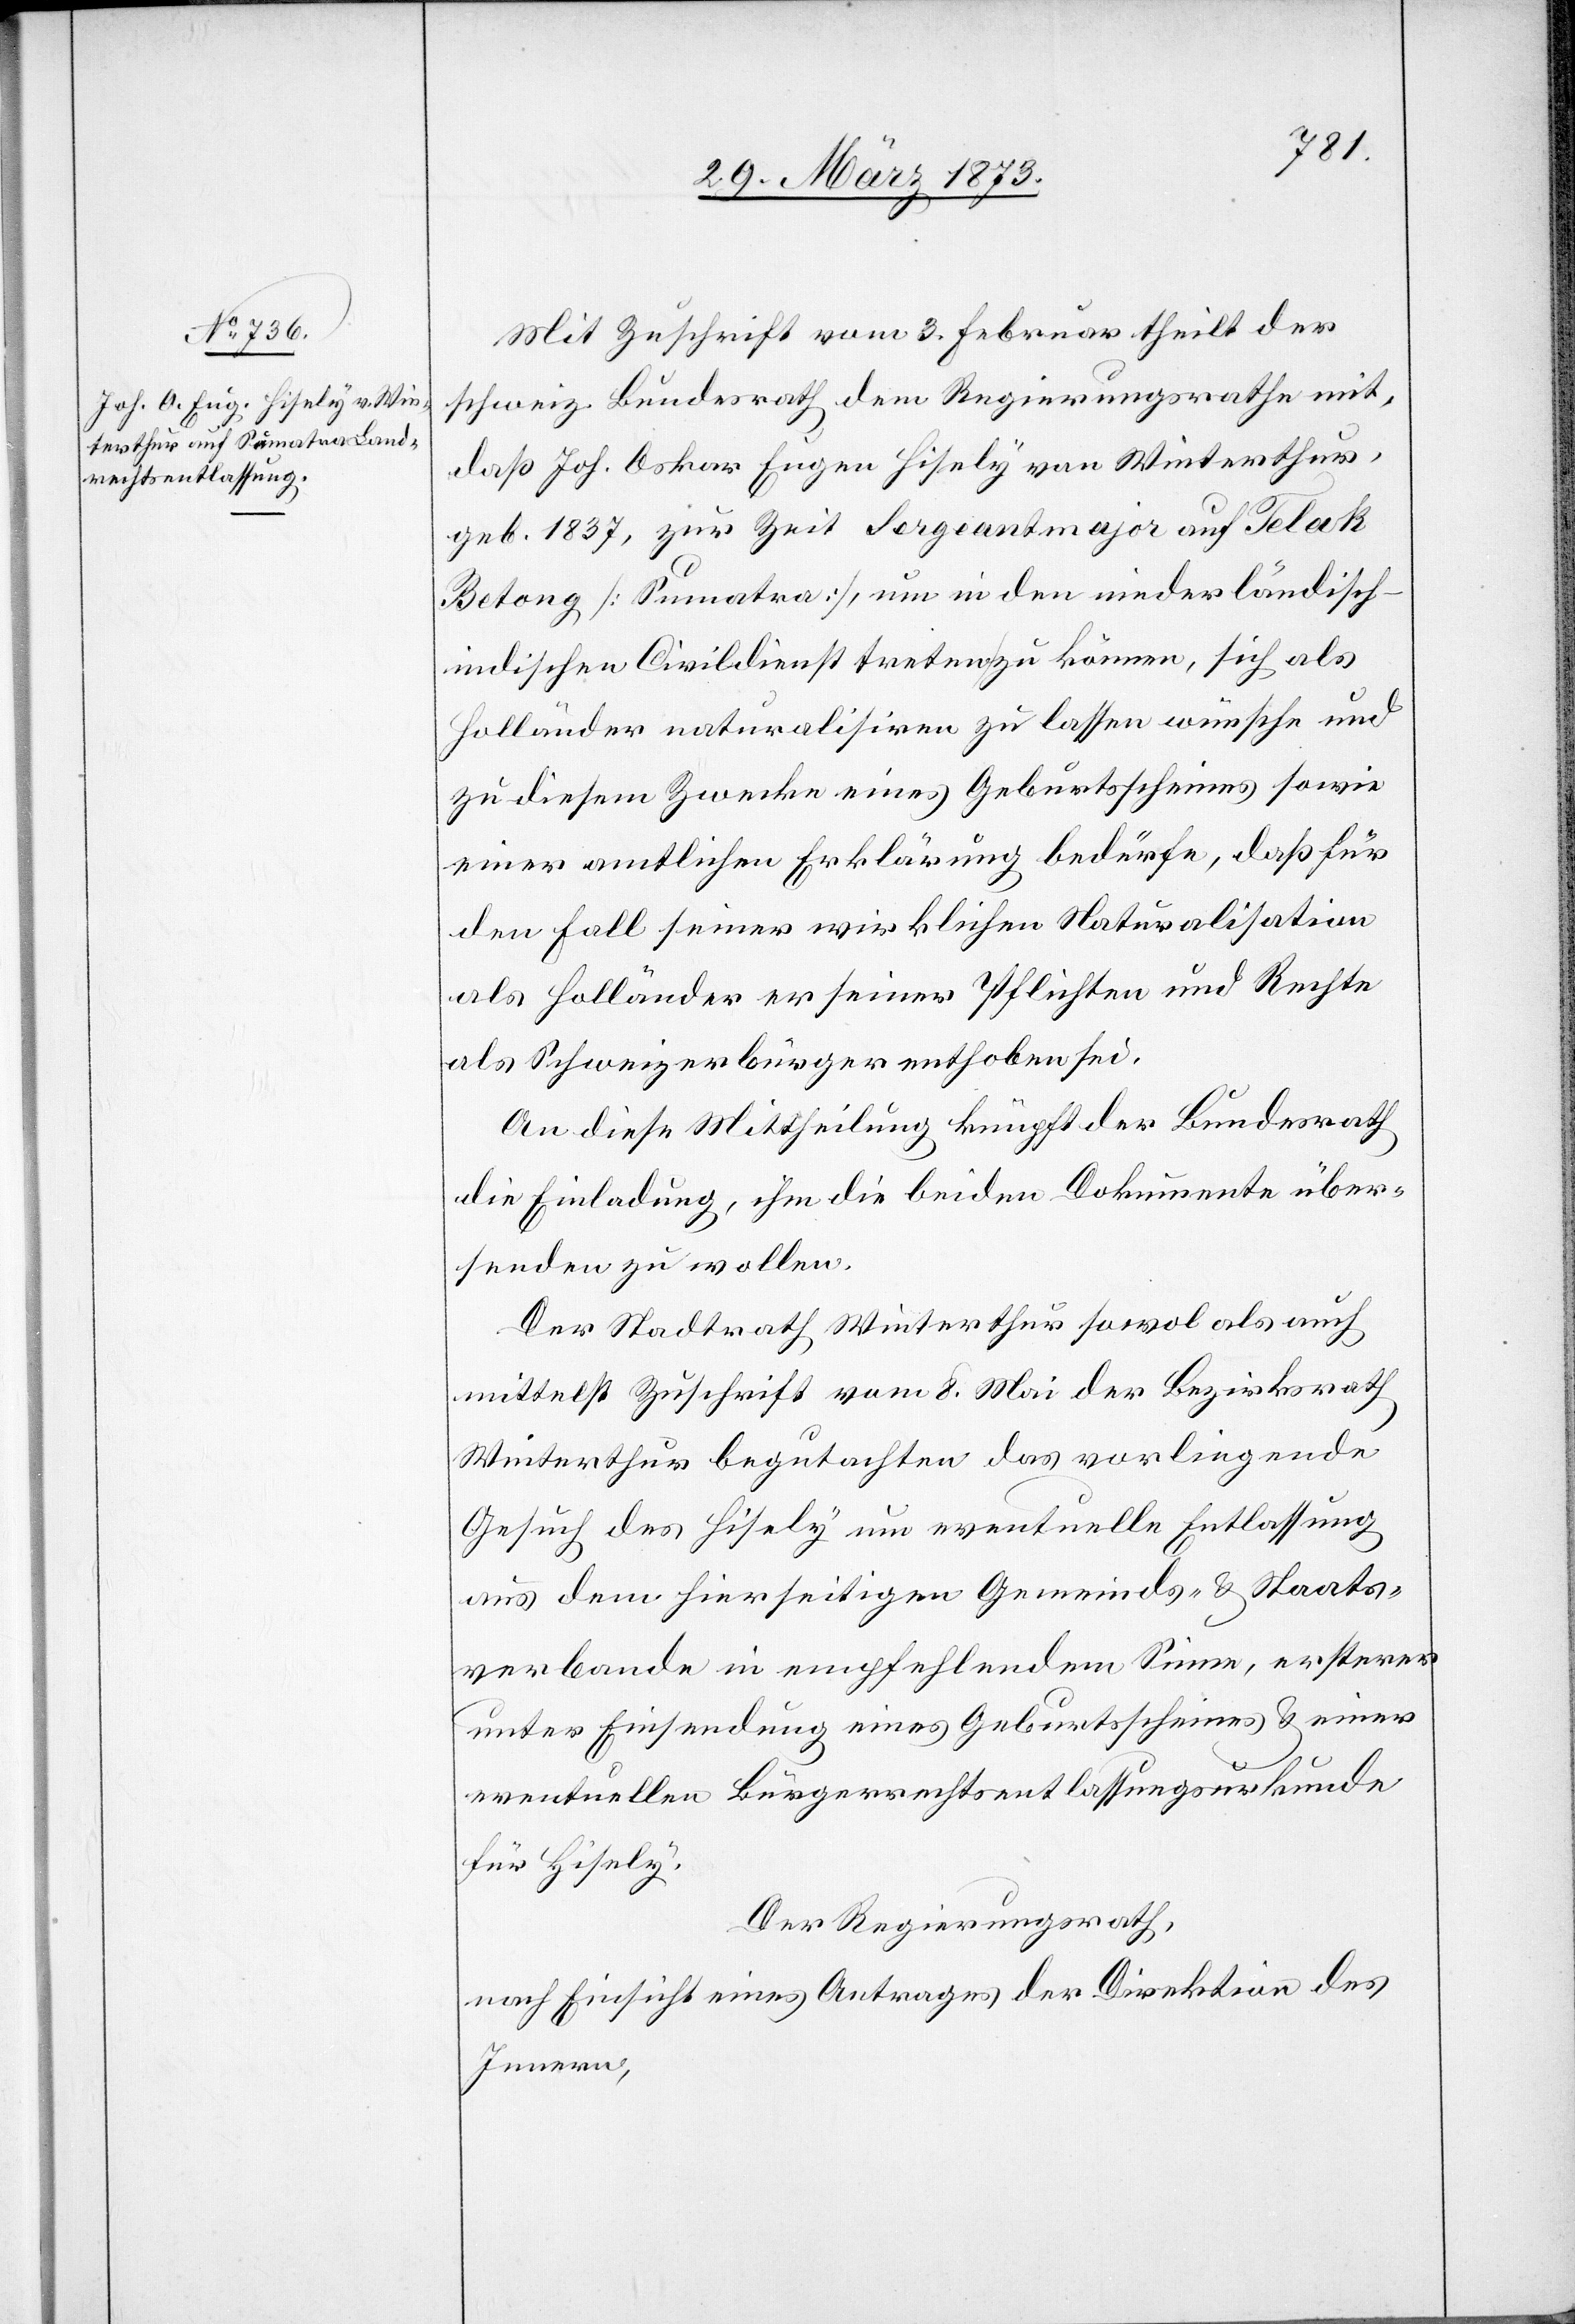
Mit Zuschrift vom 3. Februar theilt der
schweiz. Bundesrath dem Regierungsrathe mit,
daß Joh. Oskar Eugen Hisely von Winterthur,
geb. 1837, zur Zeit Sergeantmajor auf Telak
Betong [Sumatra], um in den niederländisch-i¬
ndischen Civildienst treten zu können, sich als
Holländer naturalisiren zu lassen wünsche und
zu diesem Zwecke eines Geburtsscheines sowie
einer amtlichen Erklärung bedürfe, daß für
den Fall seiner wirklichen Naturalisation
als Holländer er seiner Pflichten und Rechte
als Schweizerbürger enthoben sei.
An diese Mittheilung knüpft der Bundesrath
die Einladung, ihm die beiden Dokumente über¬
senden zu wollen.
Der Stadtrath Winterthur sowol als auch
mittelst Zuschrift vom 8. Mai der Bezirksrath
Winterthur begutachten das vorliegende
Gesuch des Hisely um eventuelle Entlassung
aus dem hierseitigen Gemeinds- u. Staats¬
verbande in empfehlendem Sinne, ersterer
unter Einsendung eines Geburtsscheines u. einer
eventuellen Bürgerrechtsentlassungsurkunde
für Hisely.
Der Regierungsrath,
nach Einsicht eines Antrages der Direktion des
Innern,